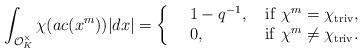
LaTeX: \begin{align*}\int_{\mathcal{O}_K^{\times}}{\chi(ac (x^m))|dx|}={\left\{\begin{array}{rl}&1-q^{-1},\ \ \ {\rm if}\ \chi^m=\chi_{{\rm triv}},\\&0,\ \ \ \ \ \ \ \ \ \ \ {\rm if}\ \chi^m\neq \chi_{{\rm triv}}.\end{array}\right.}\end{align*}